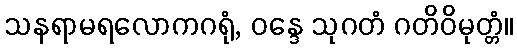
သနရာမရလောကဂရုံ, ဝန္ဒေ သုဂတံ ဂတိဝိမုတ္တံ။